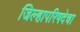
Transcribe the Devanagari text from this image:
जिल्हापरिषदेचा